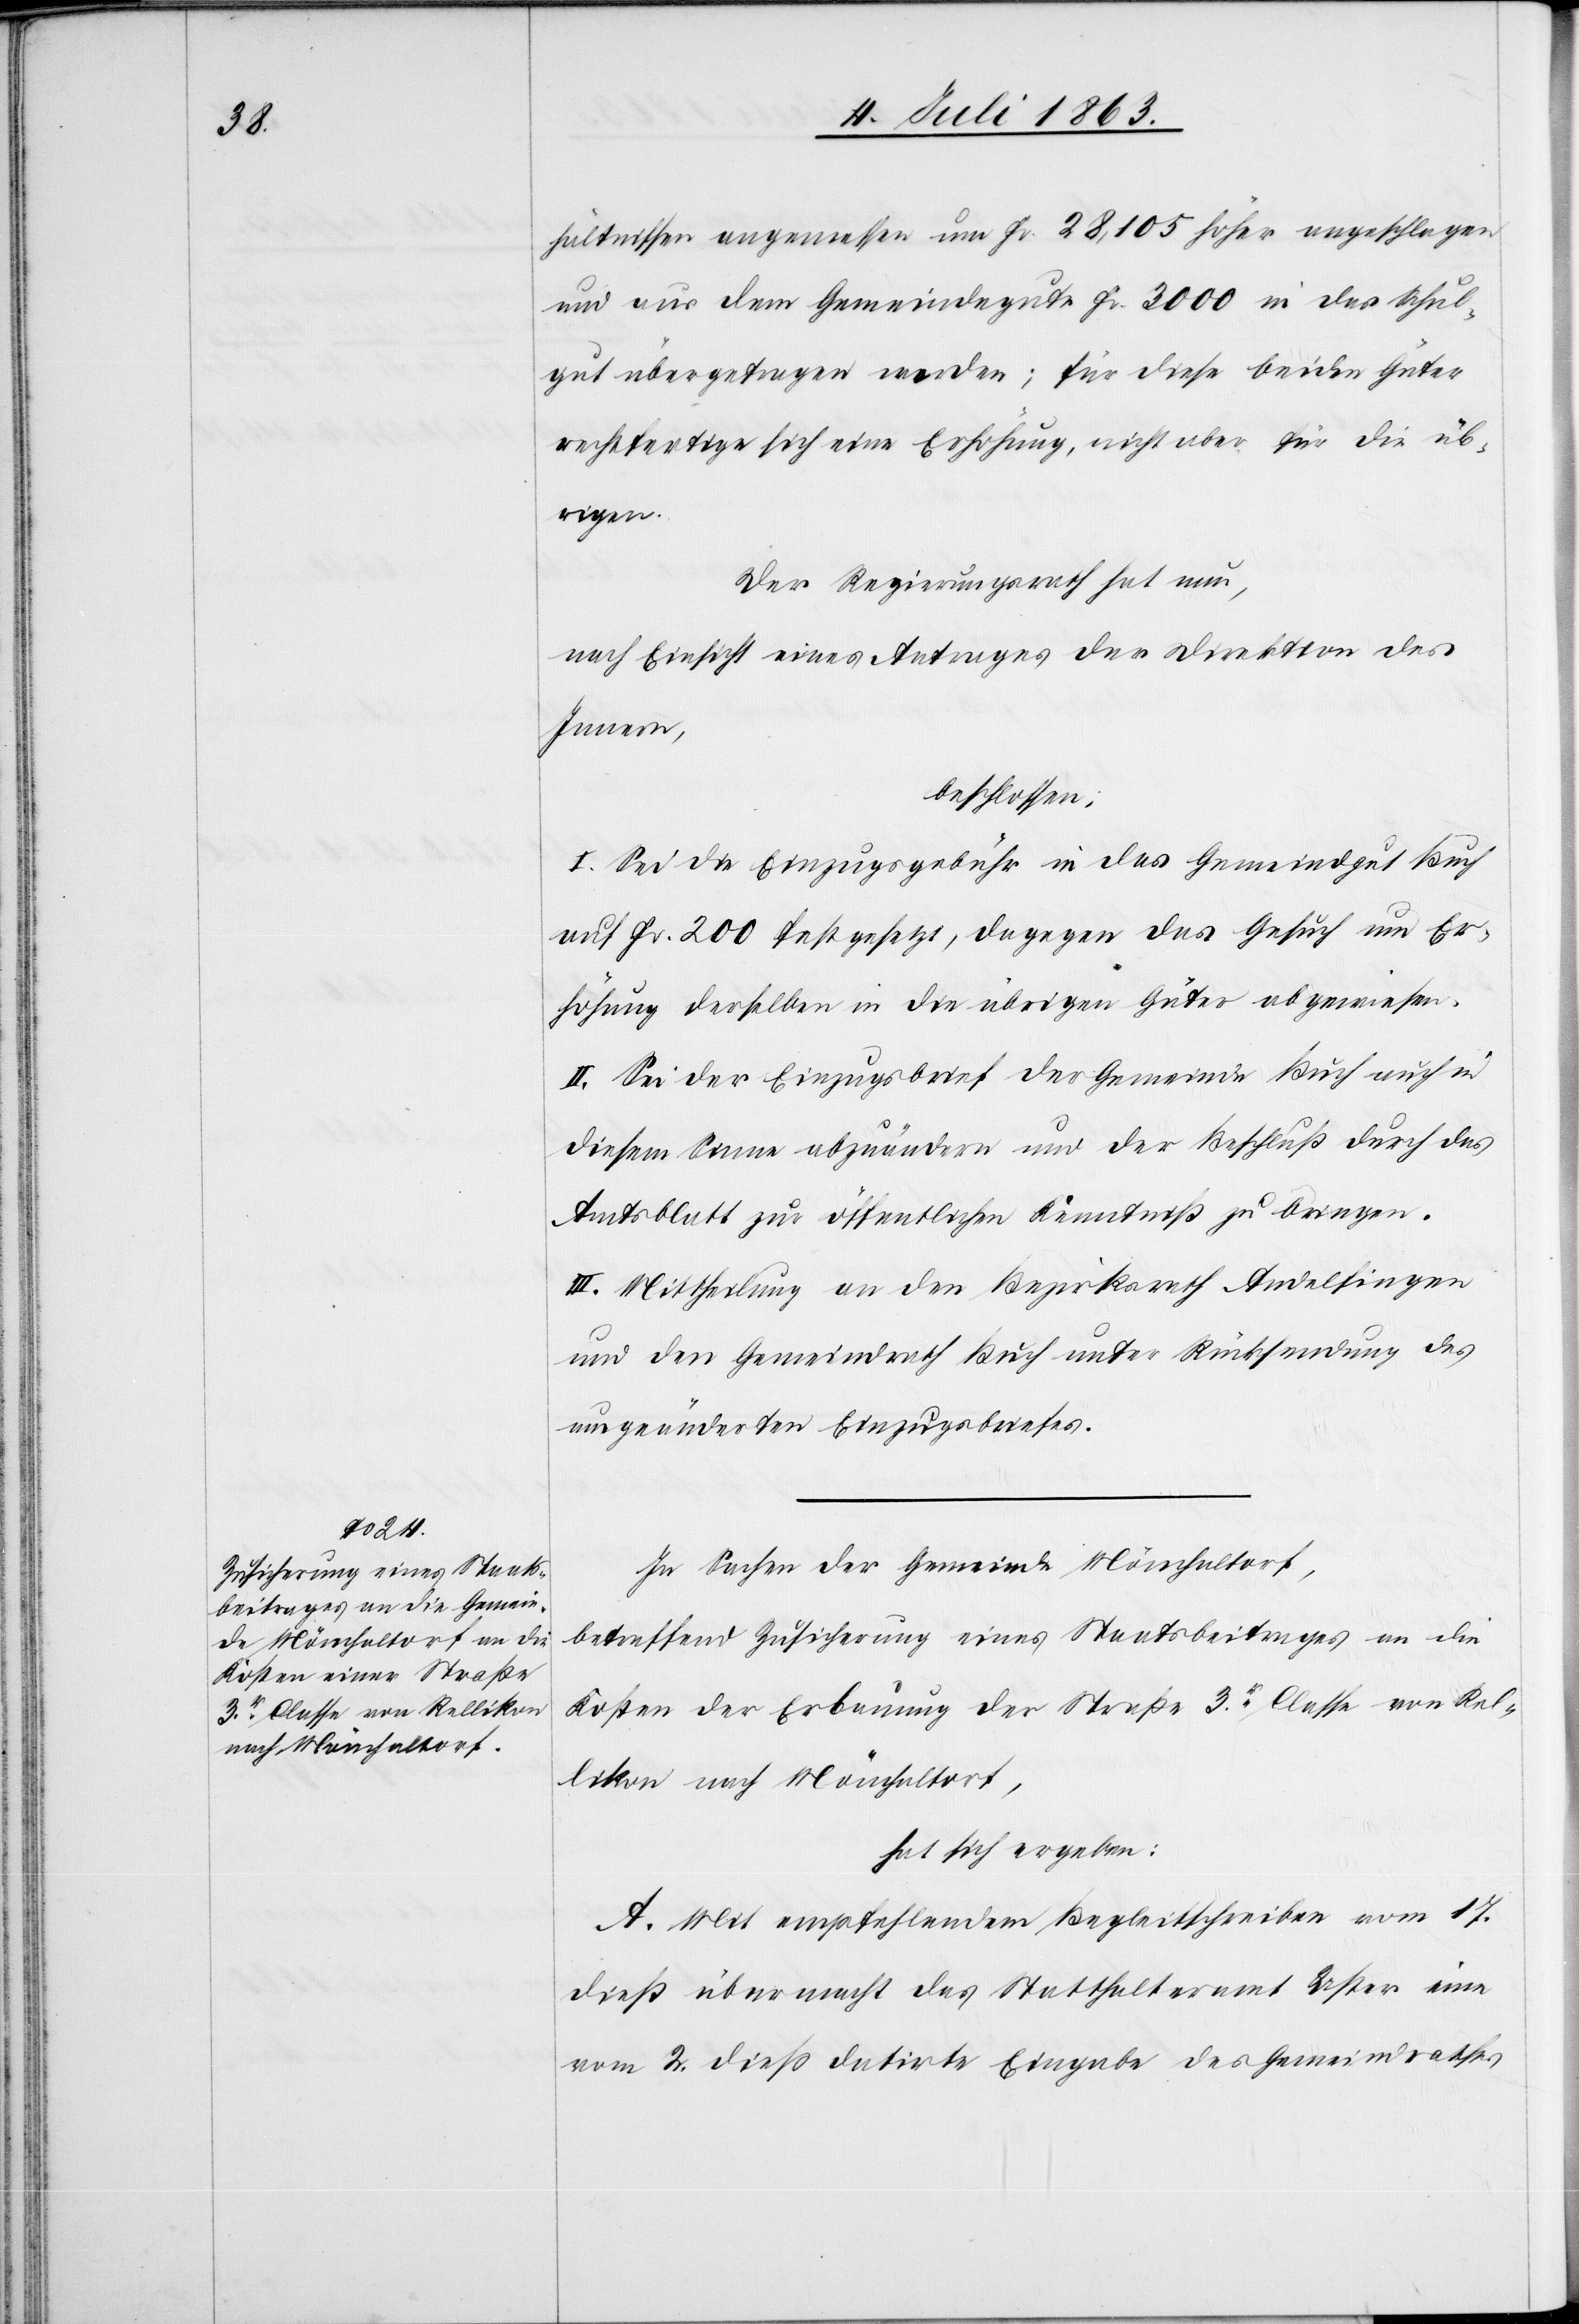
hältnissen angemessen um Fr. 28,105 höher angeschlagen
und aus dem Gemeindegute Fr. 3000 in das Schul¬
gut übergetragen worden; für diese beiden Güter
rechtfertige sich eine Erhöhung, nicht aber für die üb¬
rigen.
Der Regierungsrath hat nun,
nach Einsicht eines Antrages der Direktion des
Innern,
beschlossen:
I. Sei die Einzugsgebühr in das Gemeindgut Buch
auf Fr. 200 festgesetzt, dagegen das Gesuch um Er¬
höhung derselben in die übrigen Güter abgewiesen.
II. Sei der Einzugsbrief der Gemeinde Buch auch in
diesem Sinne abzuändern und der Beschluß durch das
Amtsblatt zur öffentlichen Kenntniß zu bringen.
III. Mittheilung an den Bezirksrath Andelfingen
und den Gemeindrath Buch unter Rücksendung des
umgeänderten Einzugsbriefes.
In Sachen der Gemeinde Mönchaltorf,
betreffend Zusicherung eines Staatsbeitrages an die
Kosten der Erbauung der Straße 3r. Classe von Rel¬
likon nach Mönchaltorf,
hat sich ergeben:
A. Mit empfehlendem Begleitschreiben vom 17.
dieß übermacht das Statthalteramt Uster eine
vom 2. dieß datirte Eingabe des Gemeindrathes